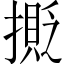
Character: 𢵉